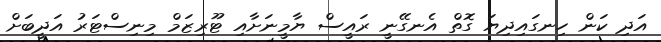
އަދި ކަން ހިނގައިދިޔަ ގޮތް އެނގޭނީ ރައީސް ޔާމީނަށާއި ޓޫރިޒަމް މިނިސްޓަރު އަދީބަށް